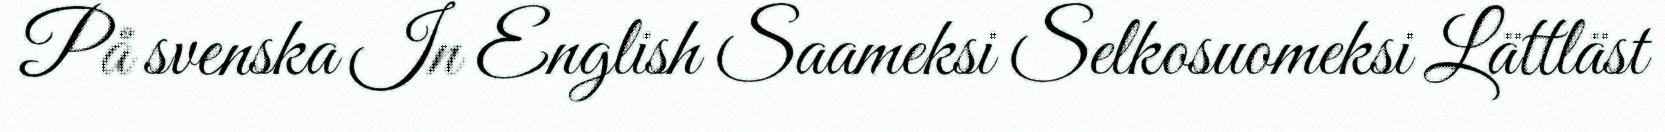
På svenska In English Saameksi Selkosuomeksi Lättläst